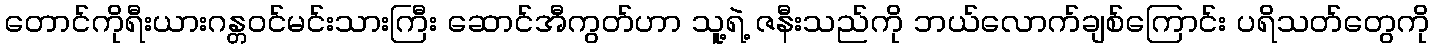
တောင်ကိုရီးယားဂန္တဝင်မင်းသားကြီး ဆောင်အီကွတ်ဟာ သူ့ရဲ့ ဇနီးသည်ကို ဘယ်လောက်ချစ်ကြောင်း ပရိသတ်တွေကို